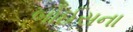
બોઈસના